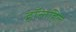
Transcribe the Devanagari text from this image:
हॉलहिल